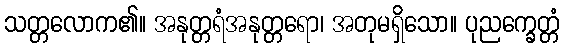
သတ္တလောက၏။ အနုတ္တရံအနုတ္တရော၊ အတုမရှိသော။ ပုညက္ခေတ္တံ